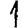
Digit: 1